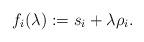
LaTeX: \begin{align*}f_i(\lambda):=s_i+\lambda\rho_i.\end{align*}